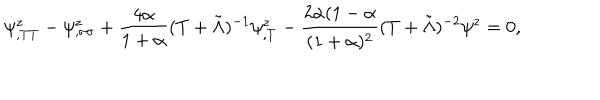
\psi _ { , T T } ^ { z } - \psi _ { , \sigma \sigma } ^ { z } + \frac { 4 \alpha } { 1 + \alpha } ( T + \tilde { \Lambda } ) ^ { - 1 } \psi _ { , T } ^ { z } - \frac { 2 \alpha ( 1 - \alpha } { ( 1 + \alpha ) ^ { 2 } } ( T + \tilde { \Lambda } ) ^ { - 2 } \psi ^ { z } = 0 ,